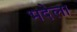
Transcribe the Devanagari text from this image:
भदेला